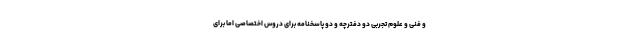
و فنی و علوم تجربی دو دفترچه و دو پاسخنامه برای دروس اختصاصی اما برای